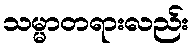
သမ္မာတရားလည်း